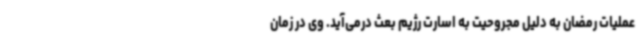
عملیات رمضان به دلیل مجروحیت به اسارت رژیم بعث درمی‌آید. وی در زمان